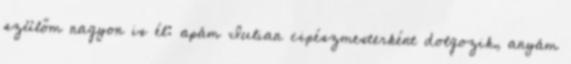
szülőm nagyon is él: apám Iulian cipészmesterként dolgozik, anyám